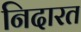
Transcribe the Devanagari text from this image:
निदारत